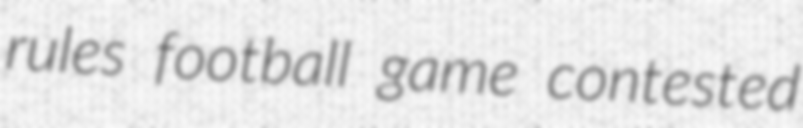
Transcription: rules football game contested